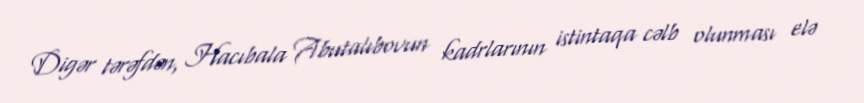
Digər tərəfdən, Hacıbala Abutalıbovun kadrlarının istintaqa cəlb olunması elə